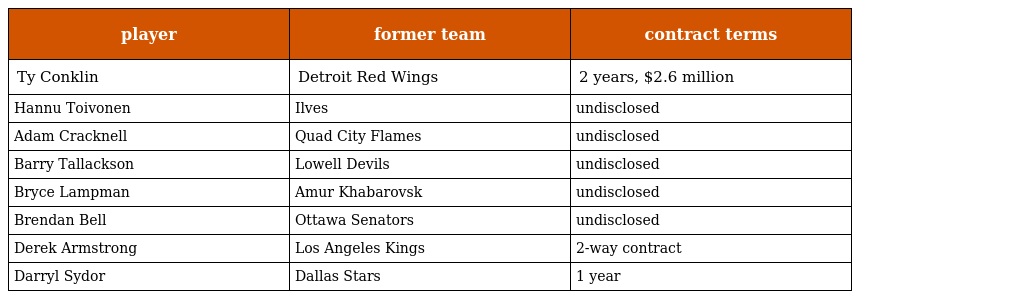
| player | former team | contract terms |
 | --- | --- | --- |
 | Ty Conklin | Detroit Red Wings | 2 years, $2.6 million |
 | Hannu Toivonen | Ilves | undisclosed |
 | Adam Cracknell | Quad City Flames | undisclosed |
 | Barry Tallackson | Lowell Devils | undisclosed |
 | Bryce Lampman | Amur Khabarovsk | undisclosed |
 | Brendan Bell | Ottawa Senators | undisclosed |
 | Derek Armstrong | Los Angeles Kings | 2-way contract |
 | Darryl Sydor | Dallas Stars | 1 year |